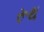
રૂથ